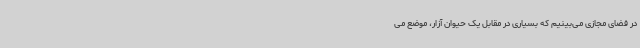
در فضای مجازی می‌بینیم که بسیاری در مقابل یک حیوان آزار، موضع می‌